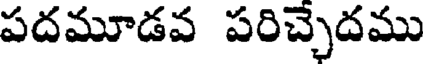
పదమూడవ పరిచ్చెదము